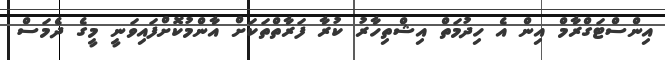
އިންސްޓަގްރާމް އިން އެ ހިދުމަތް އިޝްތިހާރު ކުރާ ފަރާތްތަކަށް އާންމުކޮށްފައިވަނީ މީގެ ދެމަސް